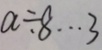
a \div 8 \cdots 3